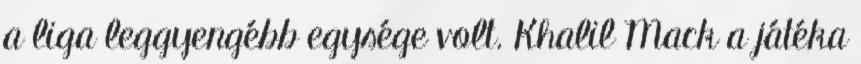
a liga leggyengébb egysége volt. Khalil Mack a játéka